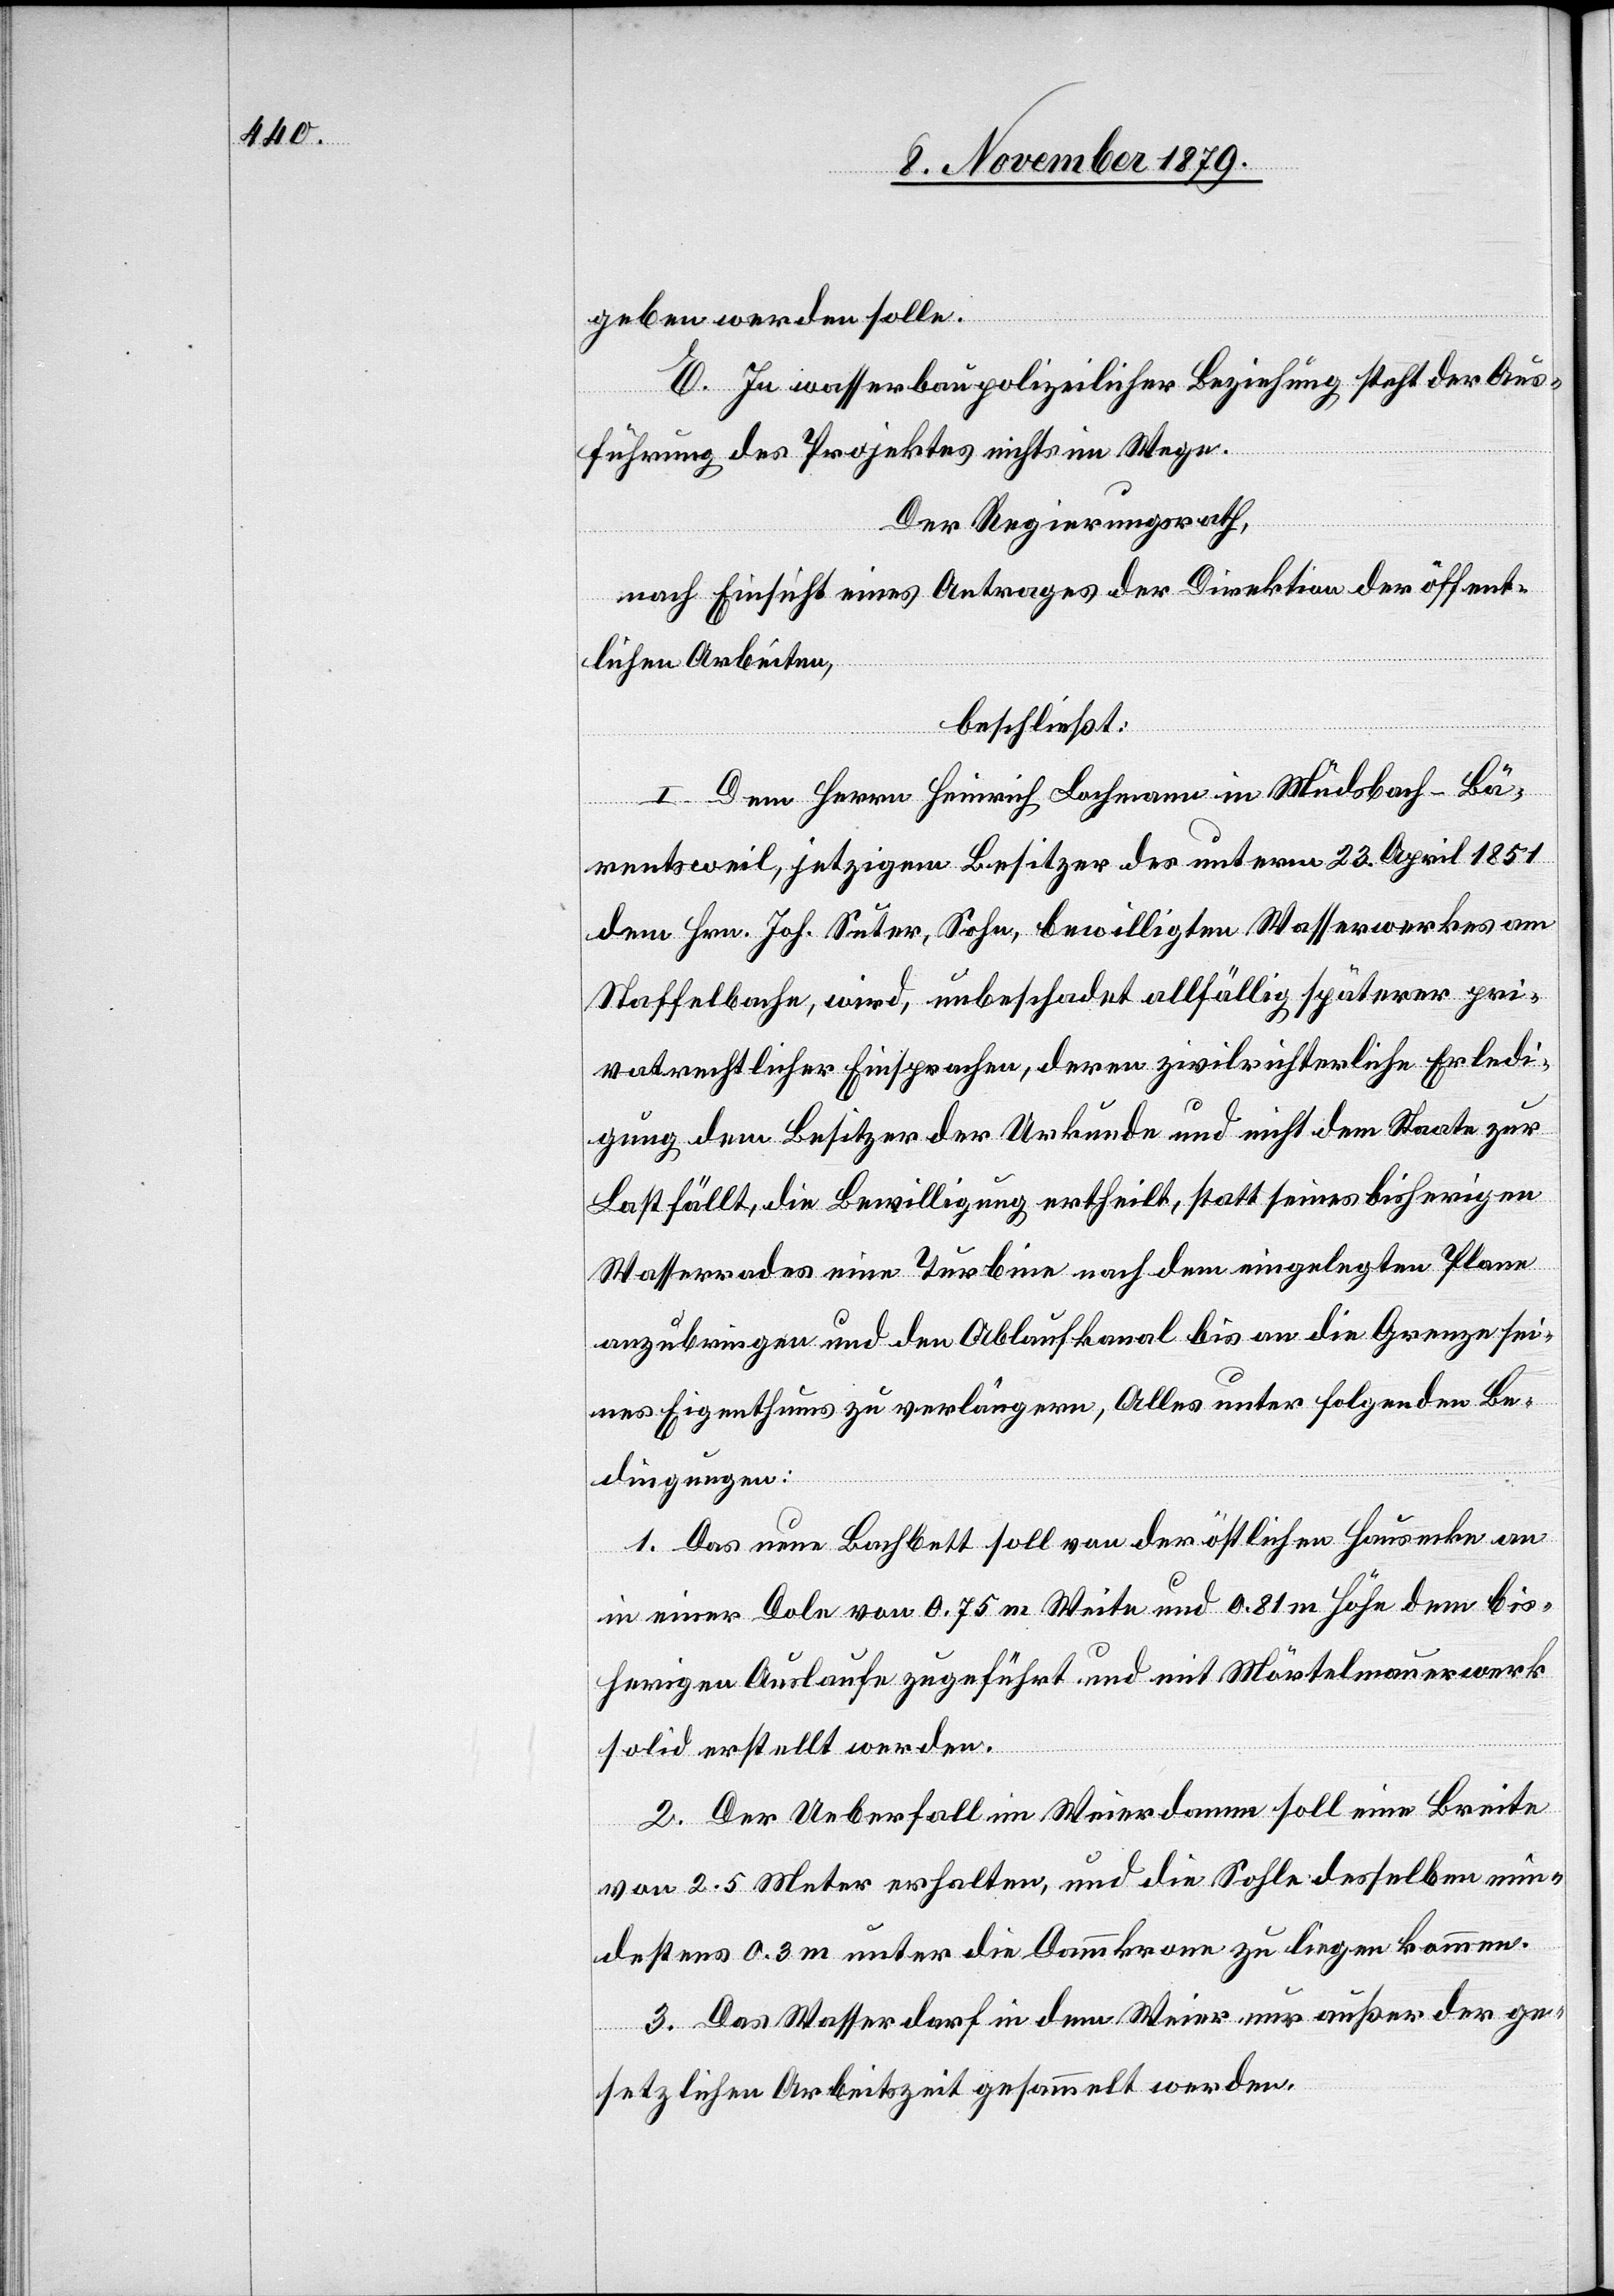
geben werden solle.
E. In wasserbaupolizeilicher Beziehung steht der Aus¬
führung des Projektes nichts im Wege.
Der Regierungsrath,
nach Einsicht eines Antrages der Direktion der öffent¬
lichen Arbeiten,
beschließt:
I. Dem Herrn Heinrich Lachmann im Mudsbach - Bä¬
retsweil, jetzigem Besitzer des unterm 23. April 1851
dem Hrn. Joh Suter, Sohn, bewilligten Wasserwerkes am
Staffelbache, wird, unbeschadet allfällig, späterer pri¬
vatrechtlicher Einsprachen, deren zivilrichterliche Erledi¬
gung dem Besitzer der Urkunde und nicht dem Staate zur
Last fällt, die Bewilligung ertheilt, statt seines bisherigen
Wasserrades eine Turbine nach dem eingelegten Plan
anzubringen und den Ablaufkanal bis an die Grenze sei¬
nes Eigenthums zu verlängern, Alles unter folgenden Be¬
dingungen:
1. Das neue Bachbett soll von der örtlichen Hausecke an
in einer Dole von 0.75 m Weite und 0.81 m Höhe dem bis¬
herigen Auslaufe zugeführt und mit Mörtelmauerwerk
solid erstellt werden.
2. Der Ueberfall im Weierdamm soll eine Breite
von 2.5 Meter erhalten, und die Sohle desselben min¬
destens 0.3 m unter die Dammkrone zu liegen kommen.
3. Das Wasser darf in dem Weier nur außer der ge¬
setzlichen Arbeitszeit gesammelt werden.